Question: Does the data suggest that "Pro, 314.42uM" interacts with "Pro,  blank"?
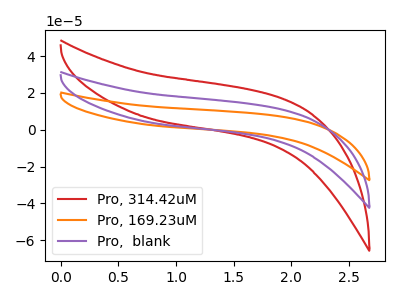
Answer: <think>The red curve "Pro, 314.42uM" has no peaks. The orange curve "Pro, 169.23uM" has no peaks. The purple curve "Pro,  blank" has no peaks.
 Neither "Pro, 314.42uM" or "Pro,  blank" have any peaks.</think>
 <answer>No, "Pro, 314.42uM" and "Pro,  blank" don't appear to be significantly different in shape</answer>
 <eval>no_change</eval>